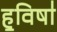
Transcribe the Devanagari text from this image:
ह॒विषा॑